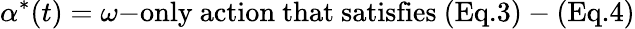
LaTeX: \alpha^{*}(t)=\omega{\mathrm{-only~action~that~satisfies~(Eq.3)-(Eq.4)}}